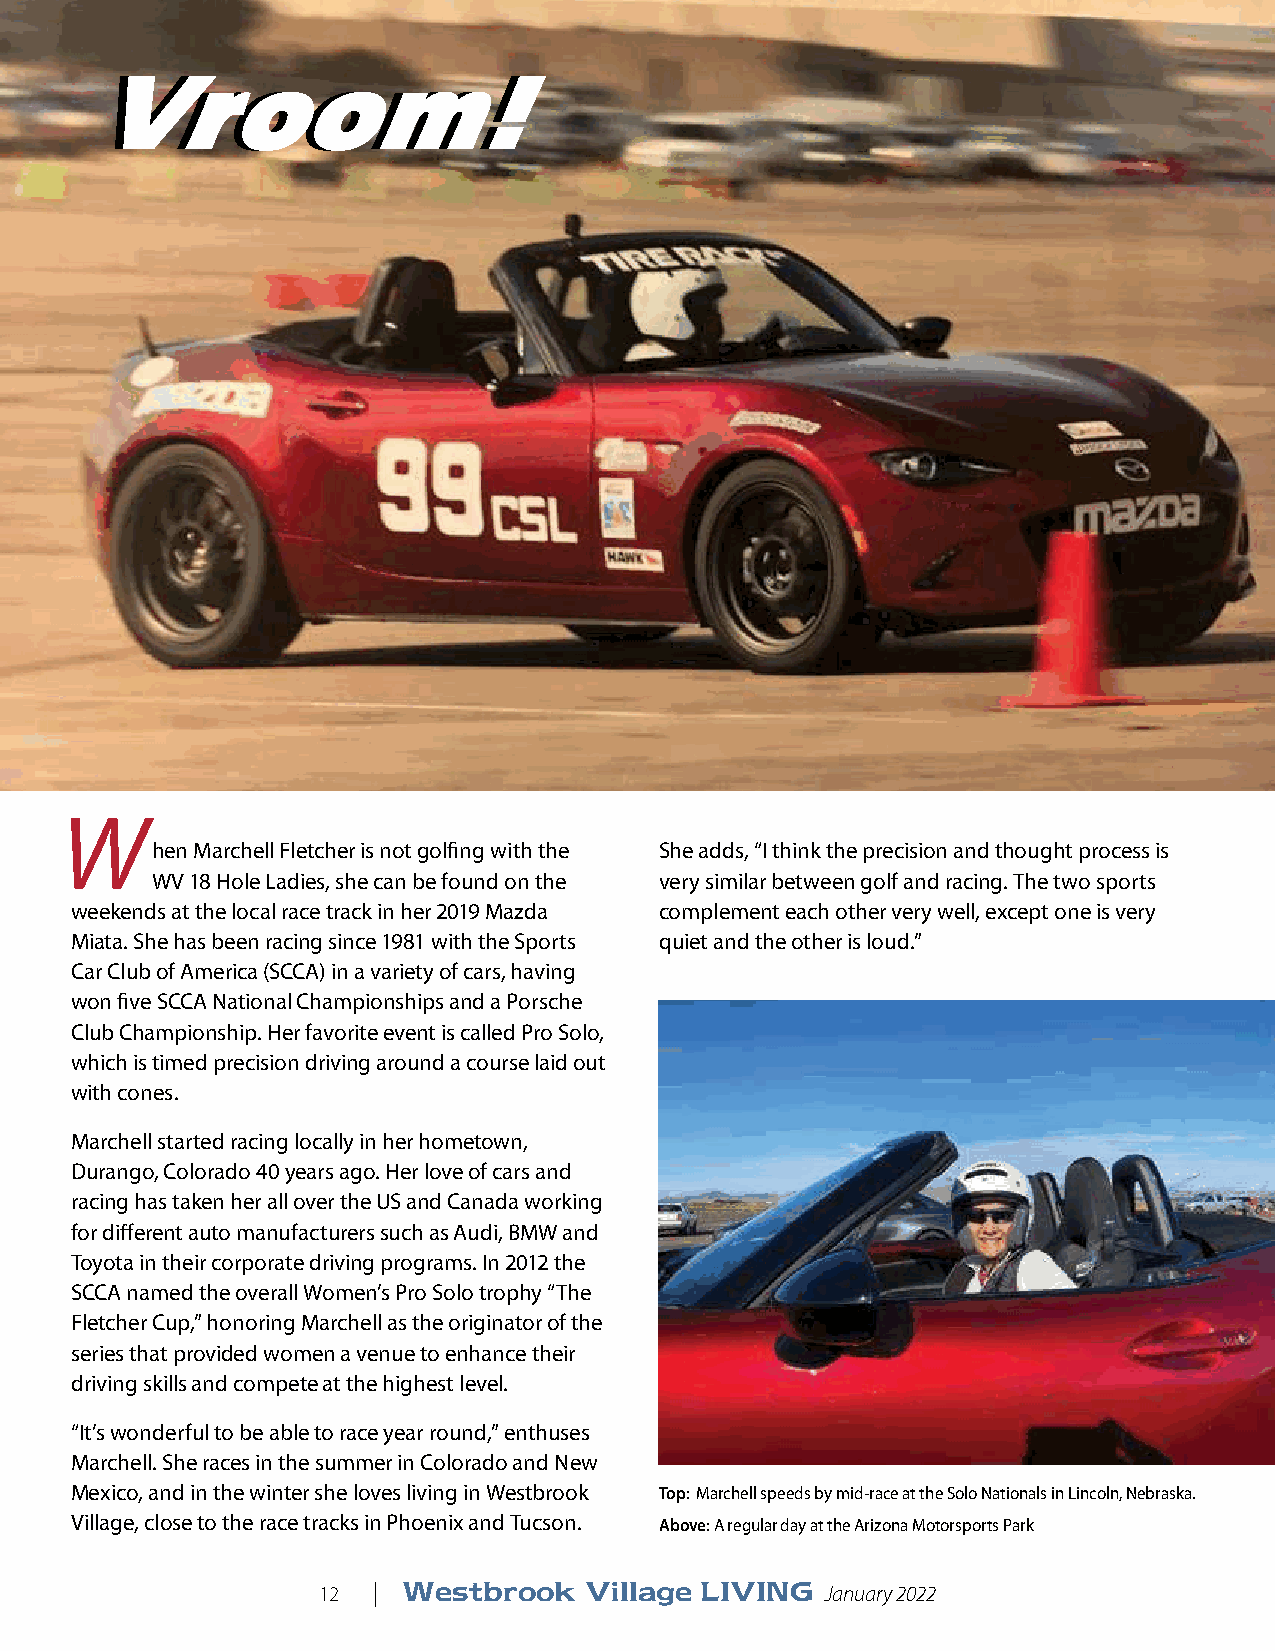
VVrroooomm!!
 W
 hen Marchell Fletcher is not golfing with the She adds, “I think the precision and thought process is
 WV 18 Hole Ladies, she can be found on the very similar between golf and racing. The two sports
 weekends at the local race track in her 2019 Mazda complement each other very well, except one is very
 Miata. She has been racing since 1981 with the Sports quiet and the other is loud.”
 Car Club of America (SCCA) in a variety of cars, having
 won five SCCA National Championships and a Porsche
 Club Championship. Her favorite event is called Pro Solo,
 which is timed precision driving around a course laid out
 with cones.
 Marchell started racing locally in her hometown,
 Durango, Colorado 40 years ago. Her love of cars and
 racing has taken her all over the US and Canada working
 for different auto manufacturers such as Audi, BMW and
 Toyota in their corporate driving programs. In 2012 the
 SCCA named the overall Women’s Pro Solo trophy “The
 Fletcher Cup,” honoring Marchell as the originator of the
 series that provided women a venue to enhance their
 driving skills and compete at the highest level.
 “It’s wonderful to be able to race year round,” enthuses
 Marchell. She races in the summer in Colorado and New
 Mexico, and in the winter she loves living in Westbrook Top: Marchell speeds by mid-race at the Solo Nationals in Lincoln, Nebraska.
 Village, close to the race tracks in Phoenix and Tucson. Above: A regular day at the Arizona Motorsports Park
 12  | Westbrook   Village LIVING  January 2022